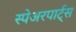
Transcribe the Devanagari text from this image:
स्पेअरपार्ट्स